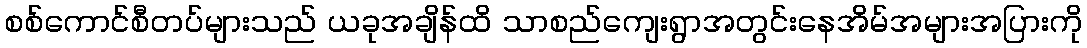
စစ်ကောင်စီတပ်များသည် ယခုအချိန်ထိ သာစည်ကျေးရွာအတွင်းနေအိမ်အများအပြားကို